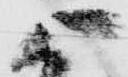
被